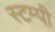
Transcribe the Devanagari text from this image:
स्टम्पी